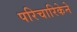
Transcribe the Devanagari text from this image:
परिचारिकेने